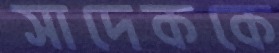
সাদেককে